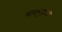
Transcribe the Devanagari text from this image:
भावमुद्राओं